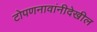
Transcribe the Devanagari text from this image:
टोपणनावांनीदेखील